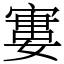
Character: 寠